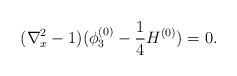
LaTeX: \begin{align*}(\nabla^{2}_x -1) (\phi^{(0)}_3 - \frac{1}{4} H^{(0)} ) = 0.\end{align*}